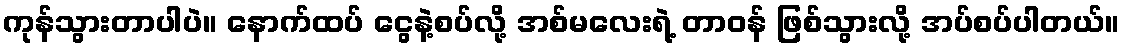
ကုန်သွားတာပါပဲ။ နောက်ထပ် ငွေနဲ့စပ်လို့ အစ်မလေးရဲ့ တာဝန် ဖြစ်သွားလို့ အပ်စပ်ပါတယ်။